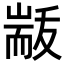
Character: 𮋟